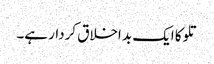
تلوکا ایک بد اخلاق کردار ہے۔